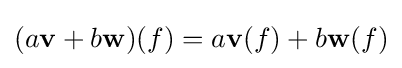
(a\mathbf {v} +b\mathbf {w} )(f)=a\mathbf {v} (f)+b\mathbf {w} (f)